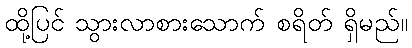
ထို့ပြင် သွားလာစားသောက် စရိတ် ရှိမည်။